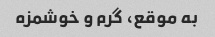
به موقع، گرم و‌ خوشمزه